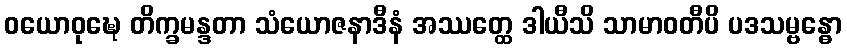
ဝယောဝုဍ္ဎေ တိက္ခမန္ဒတာ သံယောဇနာဒီနံ အဿတ္ထေ ဒါယီသိ သာမာဝတီပိ ပဒသမ္ဗန္ဓော